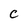
Character: C